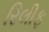
રિલીફ